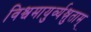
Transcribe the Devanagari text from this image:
विश्वमायुर्व्यश्नुताम्‌